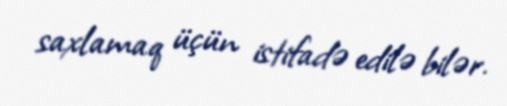
saxlamaq üçün istifadə edilə bilər.